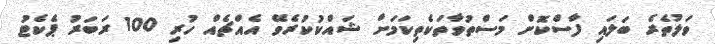
ވަލުތެރެ ބަލައި ފާސްކޮށް މަސްތުވާތަކެތިކަމަށް ޝައްކުކުރެވޭ އެއްޗެއް ހުރި 100 ރަބަރު ޕެކެޓު